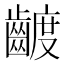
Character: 𮯍